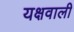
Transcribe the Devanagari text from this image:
यक्षवाली